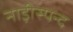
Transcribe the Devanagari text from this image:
नाड़ीस्पन्द